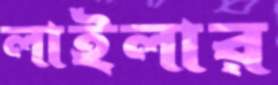
লাইলার